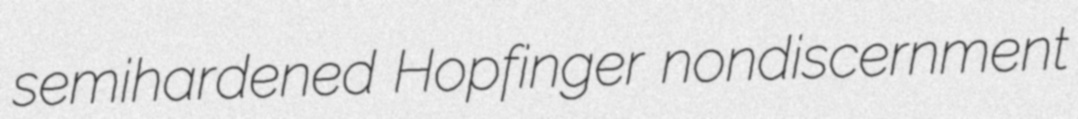
semihardened Hopfinger nondiscernment